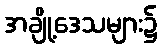
အချို့ဒေသများ၌